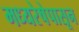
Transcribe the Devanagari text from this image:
मध्यरेषेपासून